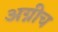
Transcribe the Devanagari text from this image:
अग्नीच